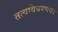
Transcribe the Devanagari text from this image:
तत्वविवरणपर